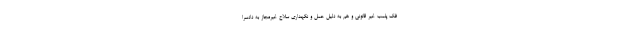
فک پلمب غیر قانونی و هم به دلیل حمل و نگهداری سلاح غیرمجاز به دادسرا